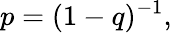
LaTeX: p=(1-q)^{-1},